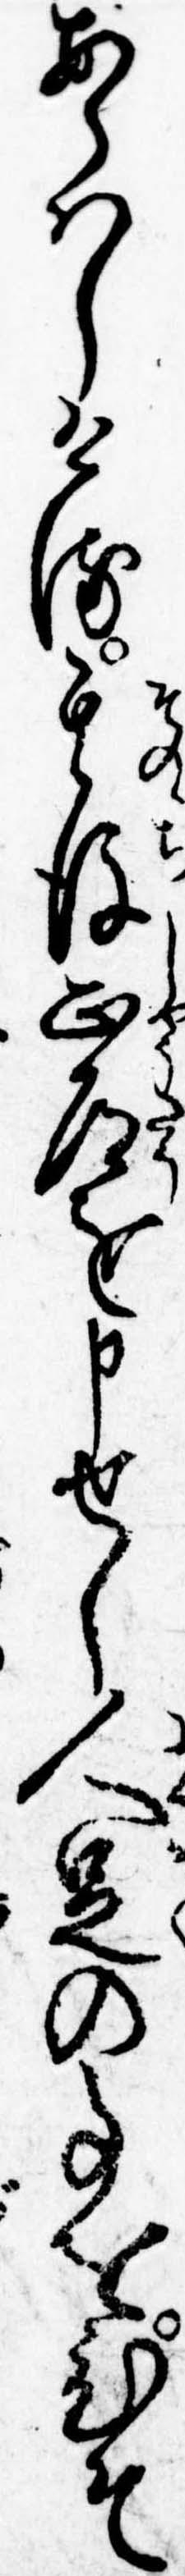
あらはしける其後正道を申せし人足の事をひそ